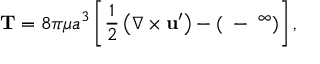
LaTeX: \mathbf { T } = 8 \pi \mu a ^ { 3 } \left[ { \frac { 1 } { 2 } } \left( { \boldsymbol { \nabla } } \times \mathbf { u } ^ { \prime } \right) - ( \mathbf { \Omega } - \mathbf { \Omega } ^ { \infty } ) \right] ,